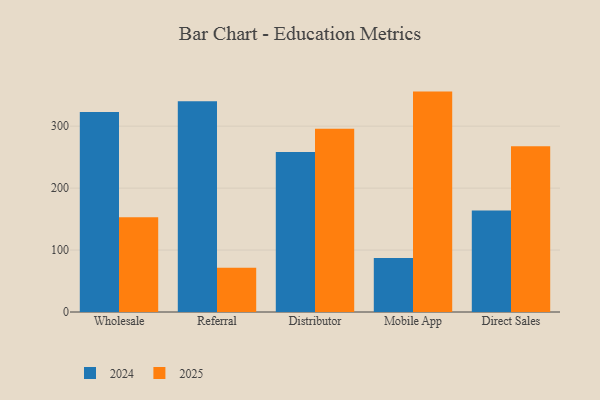
{"axis": {"x": "Channel", "y": "Customer Acquisition Cost (USD)"}, "legend": ["2024", "2025"], "data": [{"x": "Wholesale", "y": 152.8, "type": "2025"}, {"x": "Wholesale", "y": 322.9, "type": "2024"}, {"x": "Referral", "y": 71.4, "type": "2025"}, {"x": "Referral", "y": 340.4, "type": "2024"}, {"x": "Distributor", "y": 296.0, "type": "2025"}, {"x": "Distributor", "y": 258.3, "type": "2024"}, {"x": "Mobile App", "y": 355.8, "type": "2025"}, {"x": "Mobile App", "y": 87.0, "type": "2024"}, {"x": "Direct Sales", "y": 267.7, "type": "2025"}, {"x": "Direct Sales", "y": 163.7, "type": "2024"}]}